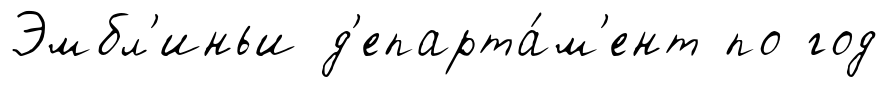
Эмбл'иньи д'епарта́м'ент по год